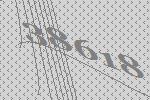
38618